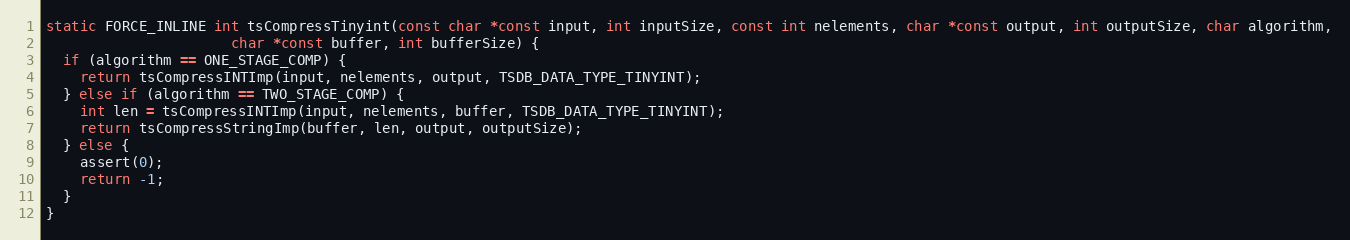
Language: C
static FORCE_INLINE int tsCompressTinyint(const char *const input, int inputSize, const int nelements, char *const output, int outputSize, char algorithm,
                      char *const buffer, int bufferSize) {
  if (algorithm == ONE_STAGE_COMP) {
    return tsCompressINTImp(input, nelements, output, TSDB_DATA_TYPE_TINYINT);
  } else if (algorithm == TWO_STAGE_COMP) {
    int len = tsCompressINTImp(input, nelements, buffer, TSDB_DATA_TYPE_TINYINT);
    return tsCompressStringImp(buffer, len, output, outputSize);
  } else {
    assert(0);
    return -1;
  }
}